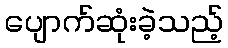
ပျောက်ဆုံးခဲ့သည့်